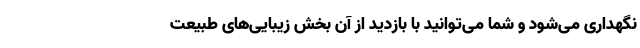
نگهداری می‌شود و شما می‌توانید با بازدید از آن بخش زیبایی‌های طبیعت